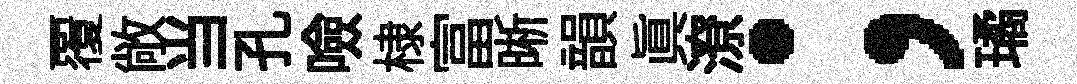
覆敞当孔噞棣富晰韻真潦；璚